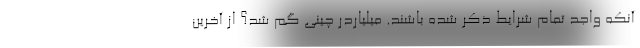
آنکه واجد تمام شرایط ذکر شده باشند. میلیاردر چینی گم شد؟ از آخرین